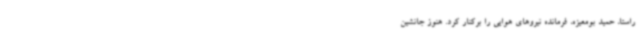
راستا، حمید بومعیزه، فرمانده نیروهای هوایی را برکنار کرد. هنوز جانشین